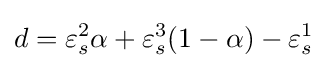
d=\varepsilon _{s}^{2}\alpha +\varepsilon _{s}^{3}(1-\alpha )-\varepsilon _{s}^{1}